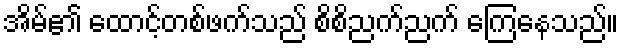
အိမ်၏ ထောင့်တစ်ဖက်သည် စိစိညက်ညက် ကြေနေသည်။